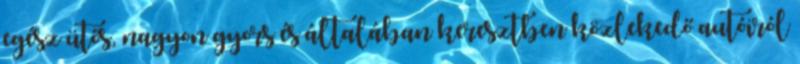
egész ütős, nagyon gyors és általában keresztben közlekedő autóiról